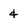
Character: 4